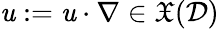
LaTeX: \mathit{u}:={\mathbf{{\mathit{u}}}}\cdot\nabla\in\mathfrak{{X}}(\mathcal{{D}})